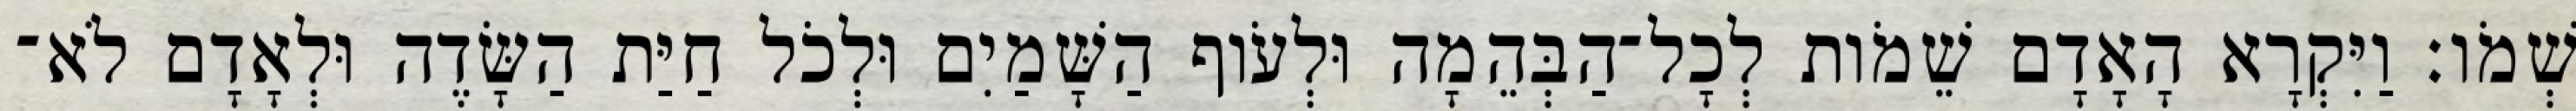
שְׁמֹו׃ וַיִּקְרָא הָאָדָם שֵׁמֹות לְכָל־הַבְּהֵמָה וּלְעֹוף הַשָּׁמַיִם וּלְכֹל חַיַּת הַשָּׂדֶה וּלְאָדָם לֹא־